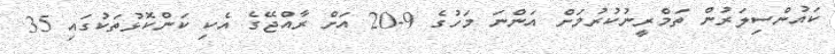
ކައުންސިލަރުން ތަމްރީނުކުރުމަށް އަންނަ މަހުގެ 9-20 އަށް ރާއްޖޭގެ އެކި ކަންކޮޅުތަކުގައި 35